DOW-UAP-D49, Launch Summary, Vandenberg AFB, 2000
Agency: Department of War
Incident date: 2/3/00
Page 38
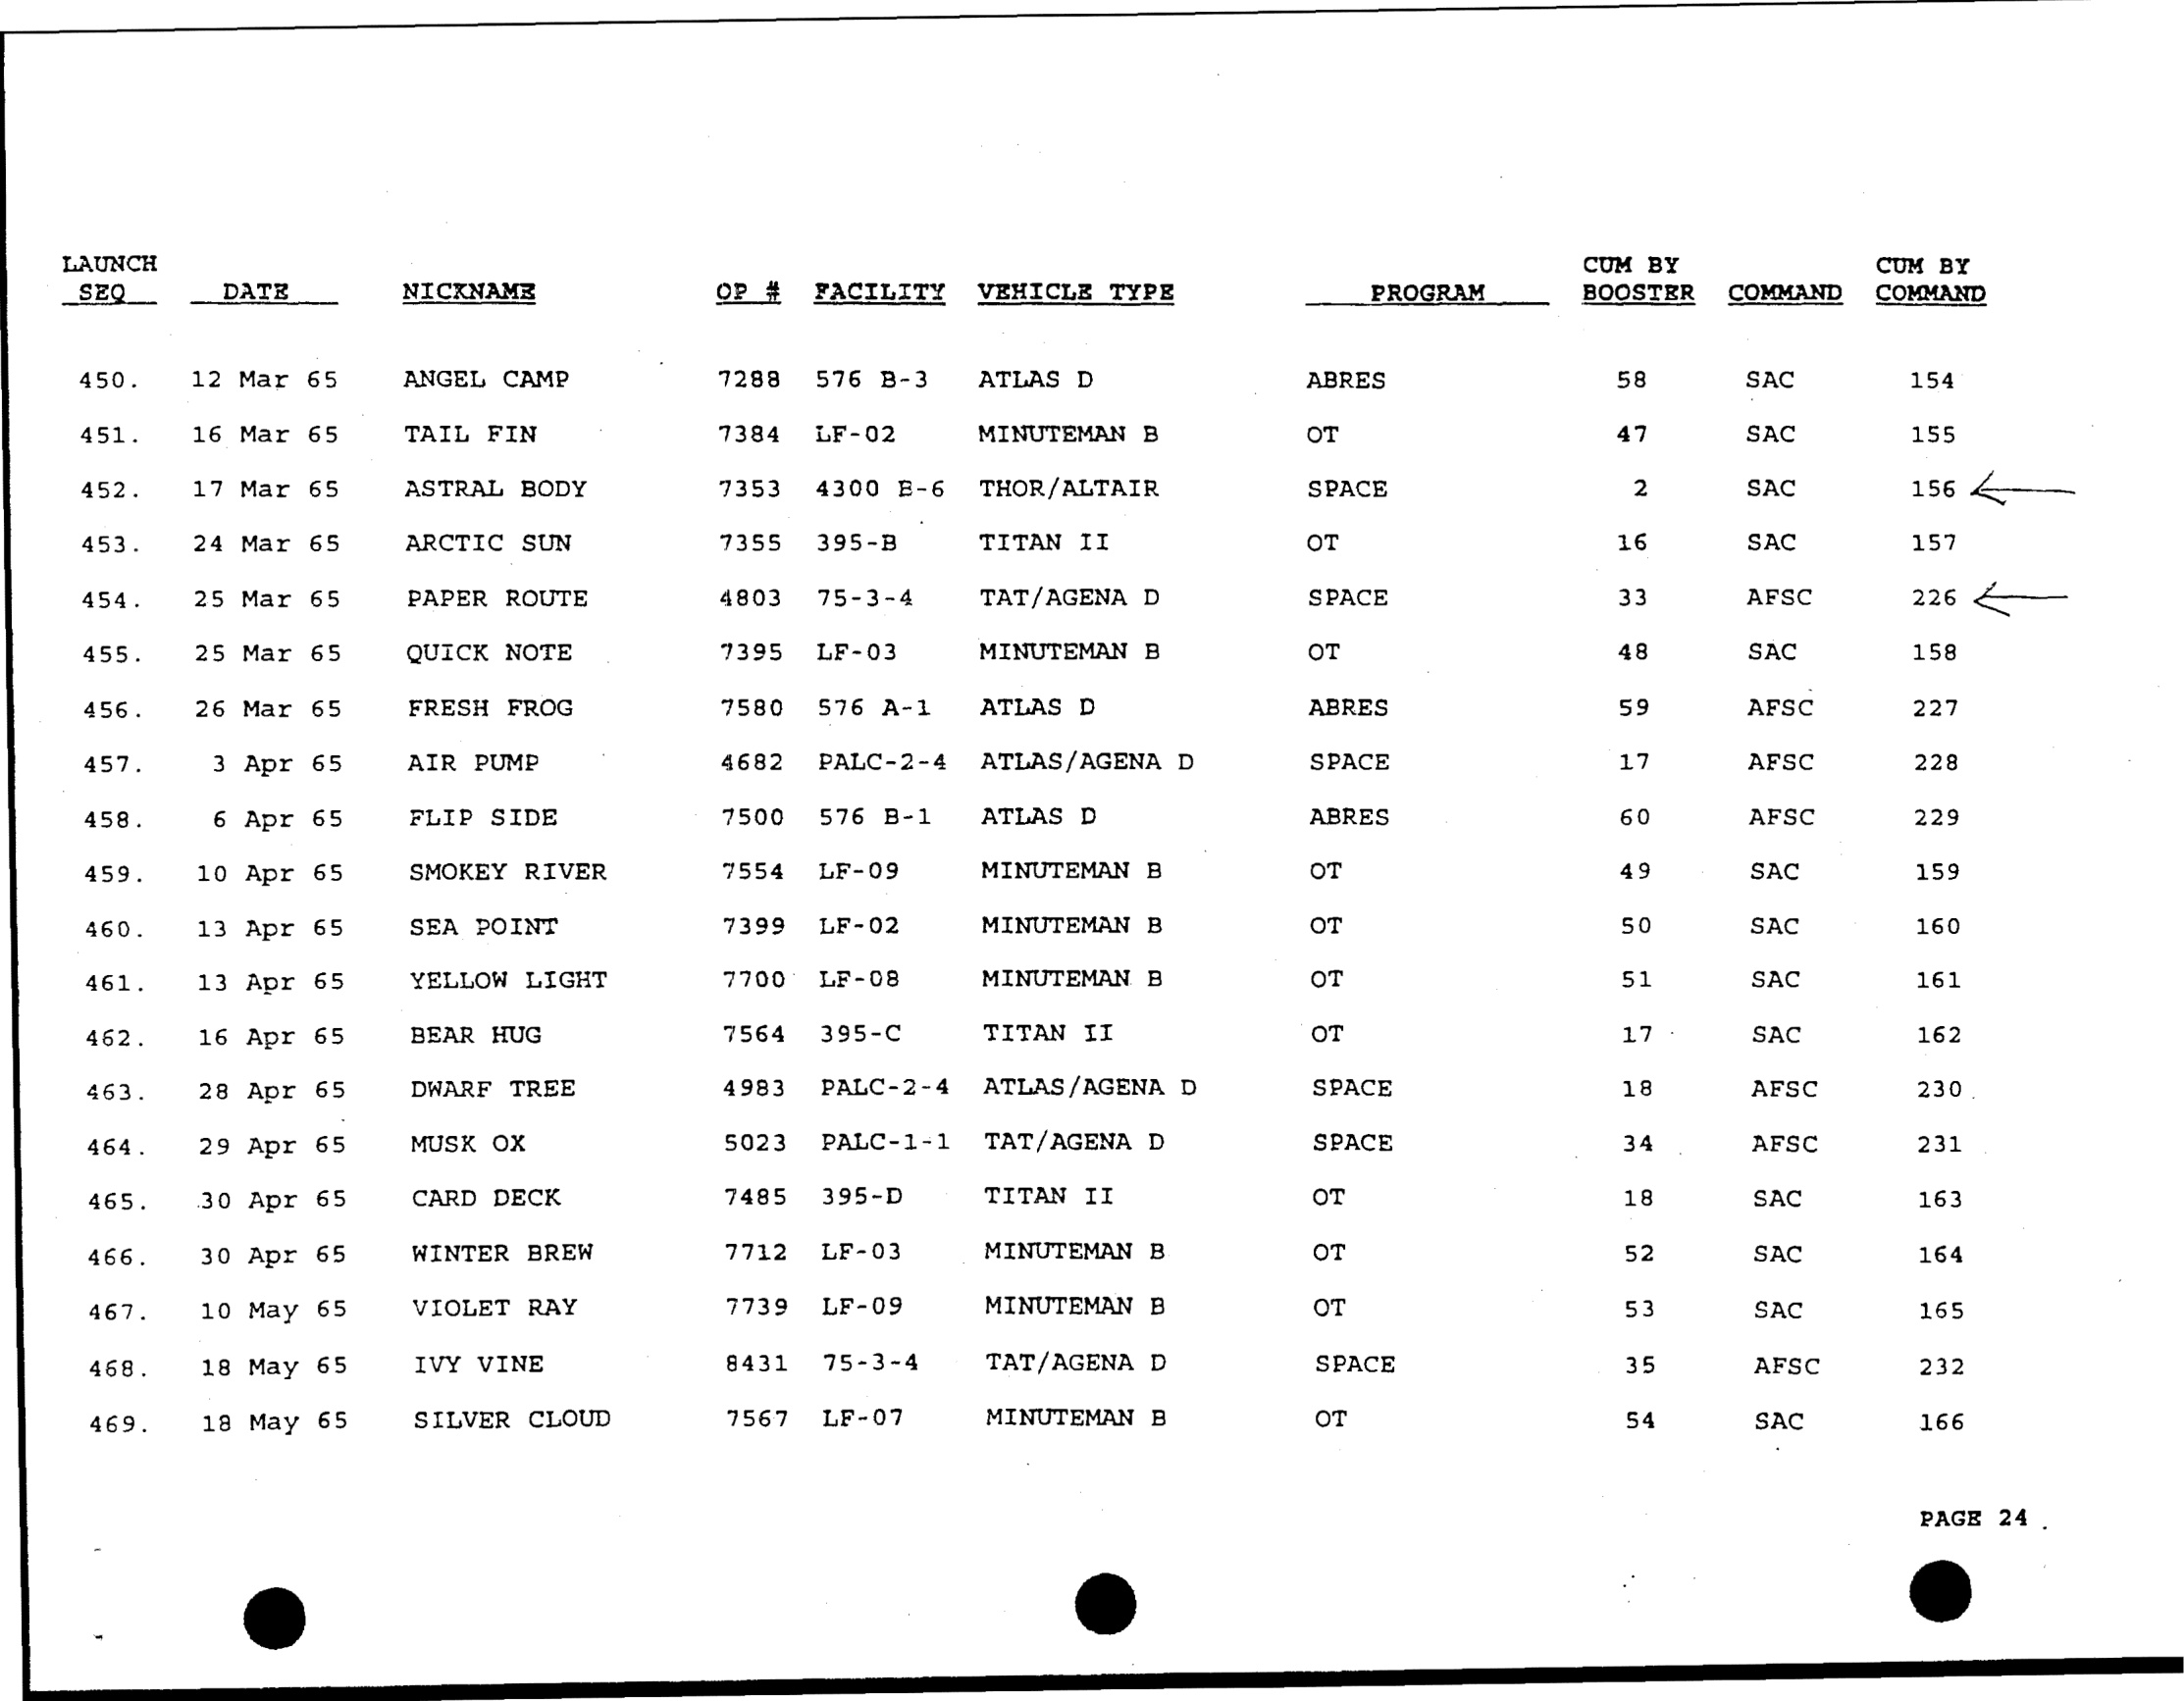